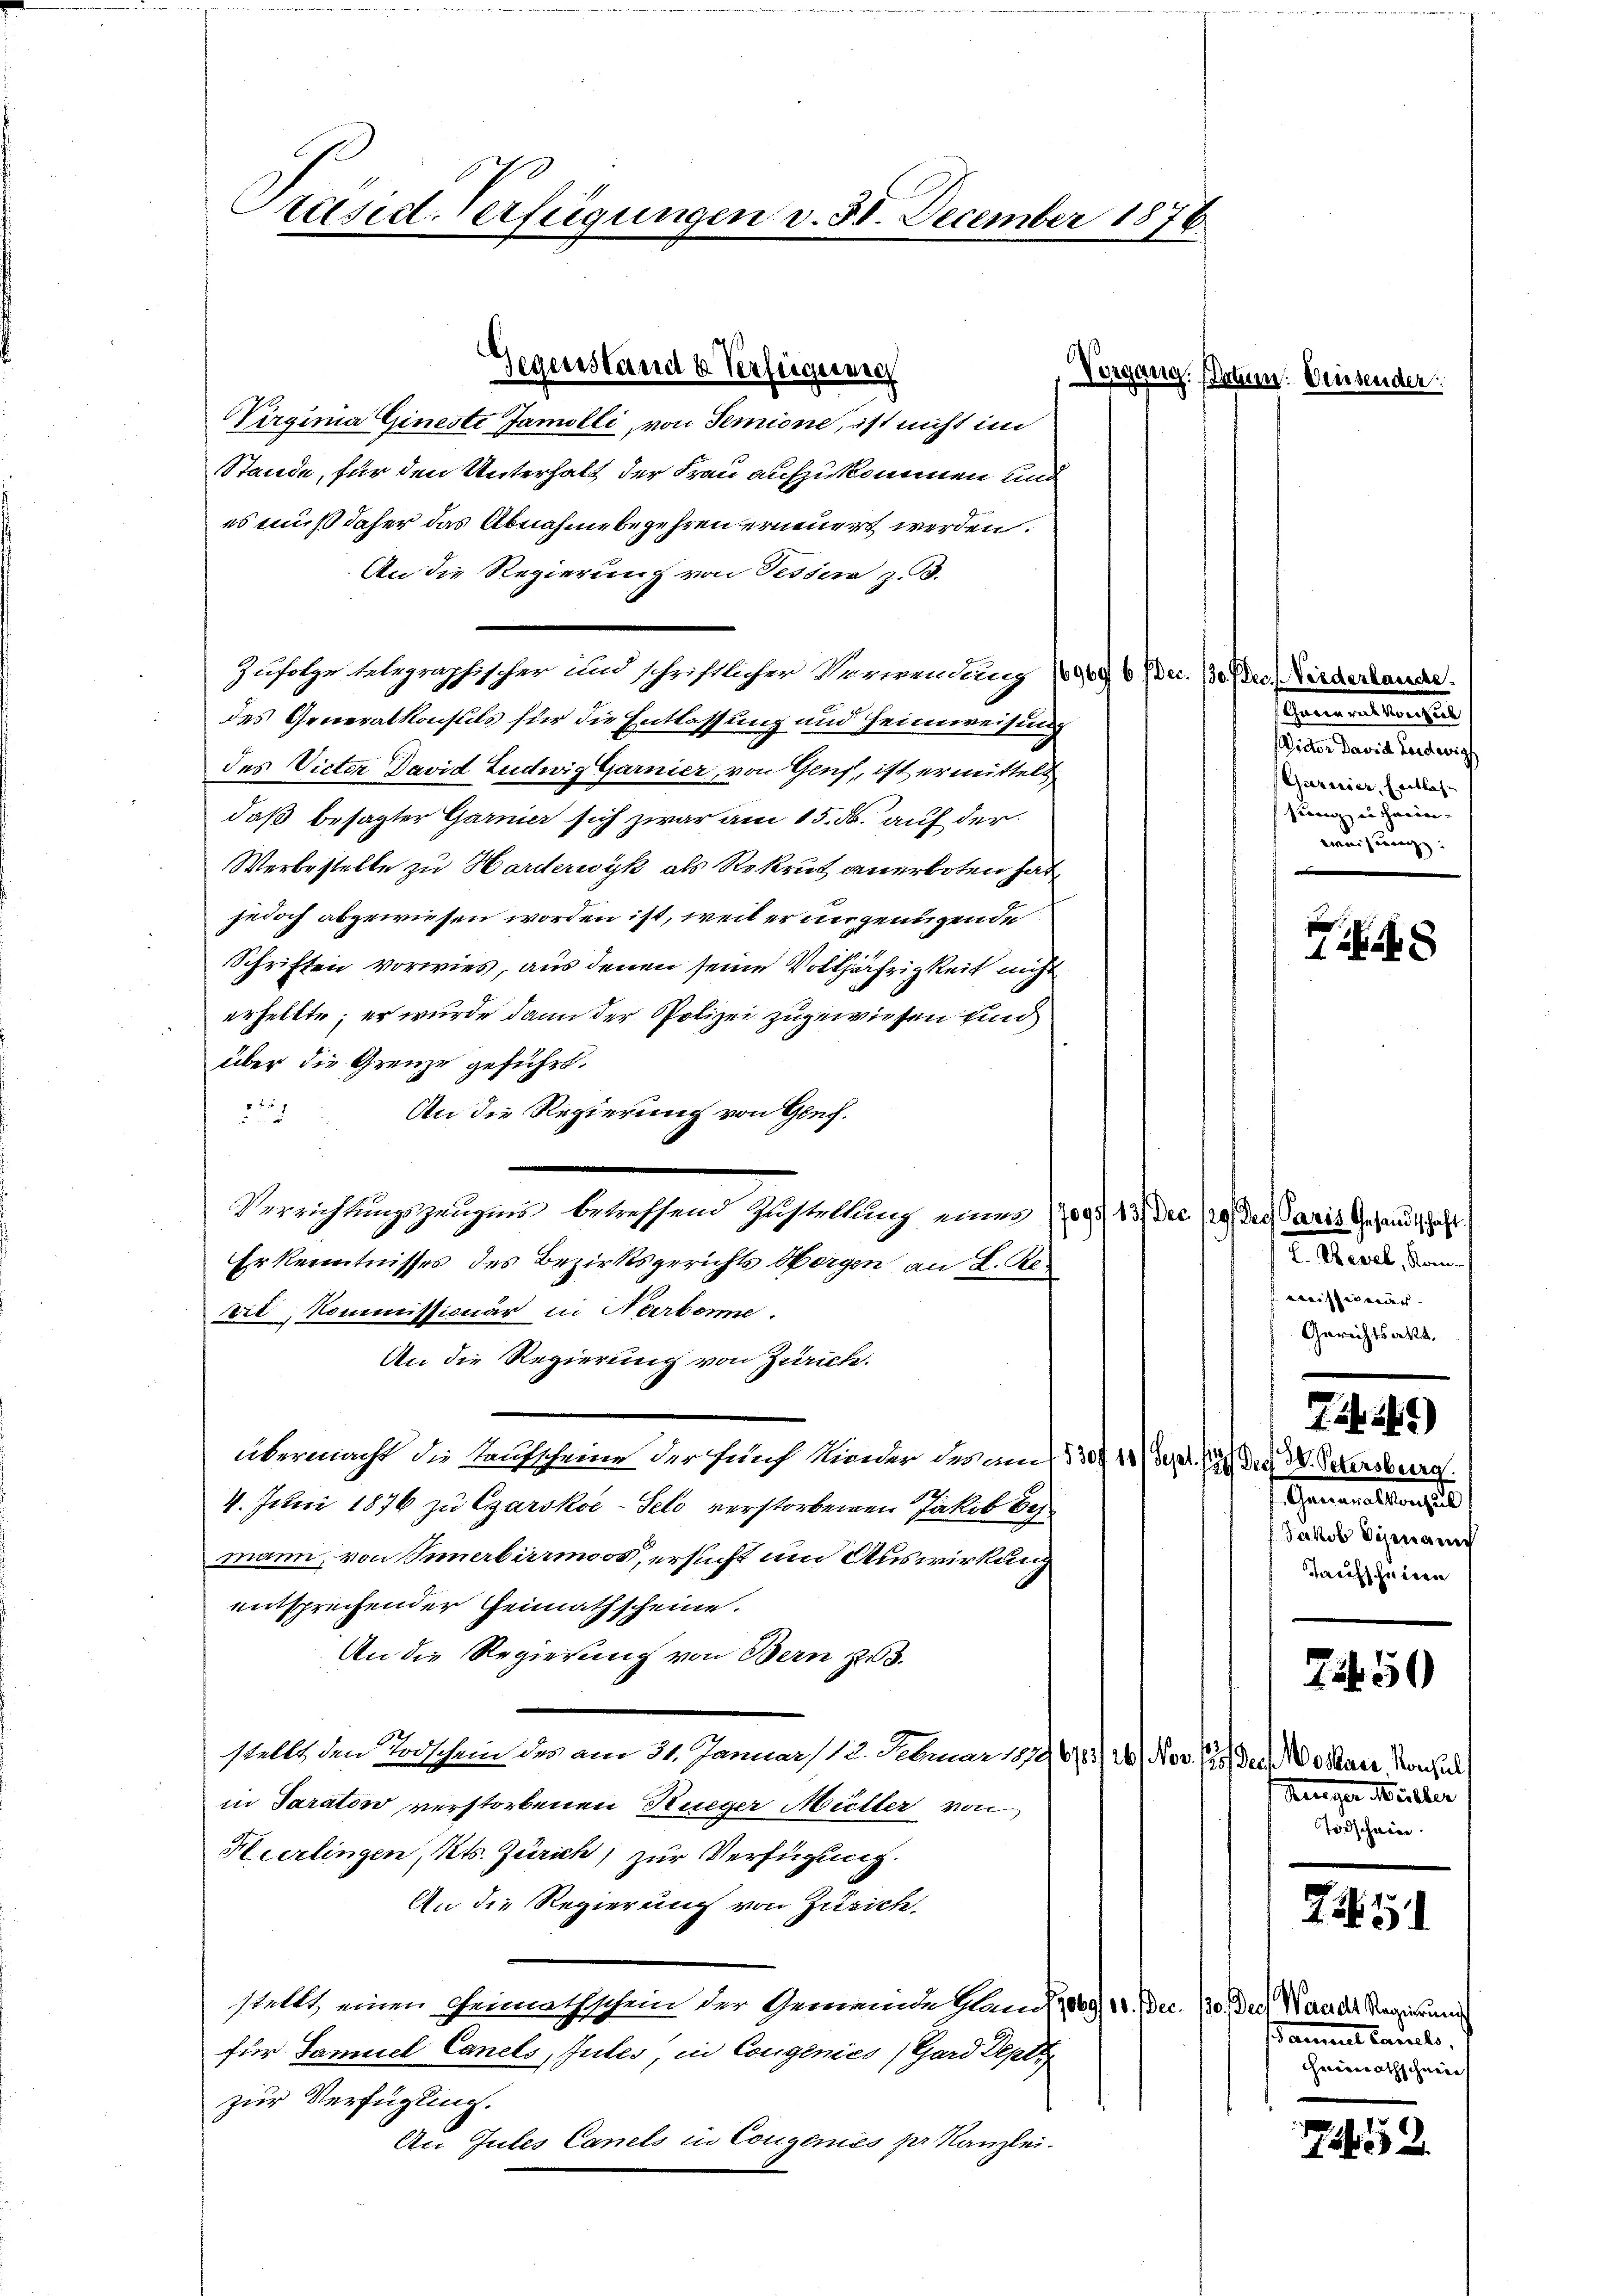
Präsid. Verfügungen d. 30. December 1876

Nirginia Gineste Jamolli, von Semione, ist nicht im
Stande, für den Unterhalt der Frau aufzukommen und
es muß daher das Abnahme begehren erneuert werden.
An die Regierung von Tessin z. B.
Zusolze telegraphischer und schriftlicher Verwendung 1909 6 Dec. 10 der Kircherhander.
des Generalkonsuls für die Entlassung und Heimweisung
des Vieter David Ludwig Garnier, von Genf, ist ermittelt
daß besagter Garmer sich zwar am 15. ds. auf der
Werbestelle zu Harderwyk als Rekrut anerboten hat,
jedoch abgewiesen worden ist, weil er in genügende
Schriften vorwies, aus denen seine Volljährigkeit nicht
erhellte; er wurde dann der Polizei zugewiesen sind
über die Grenze geführt.
An die Regierung von Genf.
229
Verrichtungszeugens betreffend Zustellung einer (2097 13) Die 129, der Paris Gesandtschaft
Erkenntnisses des Bezirksgerichts Horgen an L. Revil, Kommissionär in Narbone.
An die Regierung von Zürich.
übermacht die Kaufscheine der fünf Kinder des am 13 14) der S. Petersburg.
4. Juni 1876 zu Czarskoe-Selo verstorbenen Jakob Bes
mann, von Sinabirrmos, ersucht um Auswirkung
entsprechender Heimathscheine.
An die Regierung von Bern zu 3.
stellt den Todschein des am 31. Januar) 12. Februar 18461/24) Nov. 15 des Voran Konsul
in Taraton verstorbenen Rueger Müller von
Hierlingen, Kts. Zürich, zur Verfügung.
An die Regierung von Zusich.
stellt, einen Grünathschein der Gemeinde Hand 1869, 10. Dec. 130. Der Wander Regierung
für Samuel Canels, Gutes, in Congenies Gard Deput
zur Verfügling.
An Gutes Canels in Cougenies per Kanzlei.

Gegenstand u. Verfeigerech

Vergang.

Datum: Einsender:

hementenden
Victor David Ludwig
Garnier, Entlassrang u. herin-
weisung:

8

I. Bessel, Kan
s Kreissen er- |
Gerichtsakt

7.14 15)
Generalangte
Jakob Symanic
Taufschneten
72. 50
Kuger Müller
Todschein.

3

Tamuel carieli,
Feiernathschneie

1552